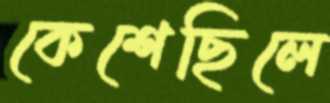
কেশেছিলে